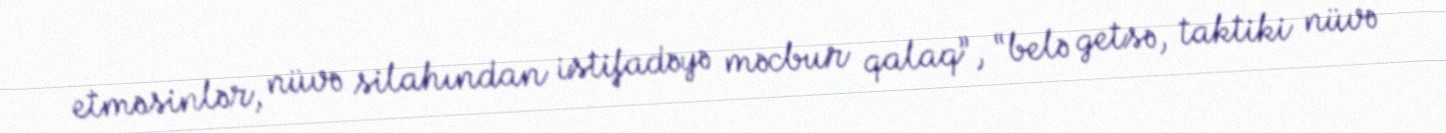
etməsinlər, nüvə silahından istifadəyə məcbur qalaq”, “belə getsə, taktiki nüvə